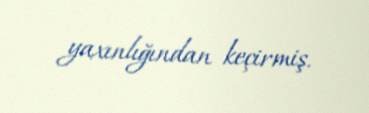
yaxınlığından keçirmiş.